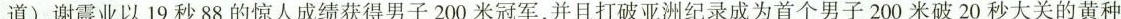
道)，谢震业以19秒88的惊人成绩获得男子200米冠军，并且打破亚洲纪录成为首个男子200米破20秒大关的黄种